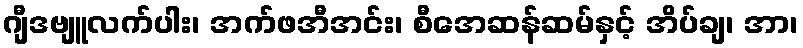
ဂျီဒဗျူလက်ပါး၊ အက်ဖအီအင်း၊ စီအေဆန်ဆမ်နှင့် အိပ်ချ၊ အာ၊